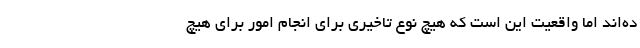
ده‌اند اما واقعیت این است که هیچ نوع تاخیری برای انجام امور برای هیچ